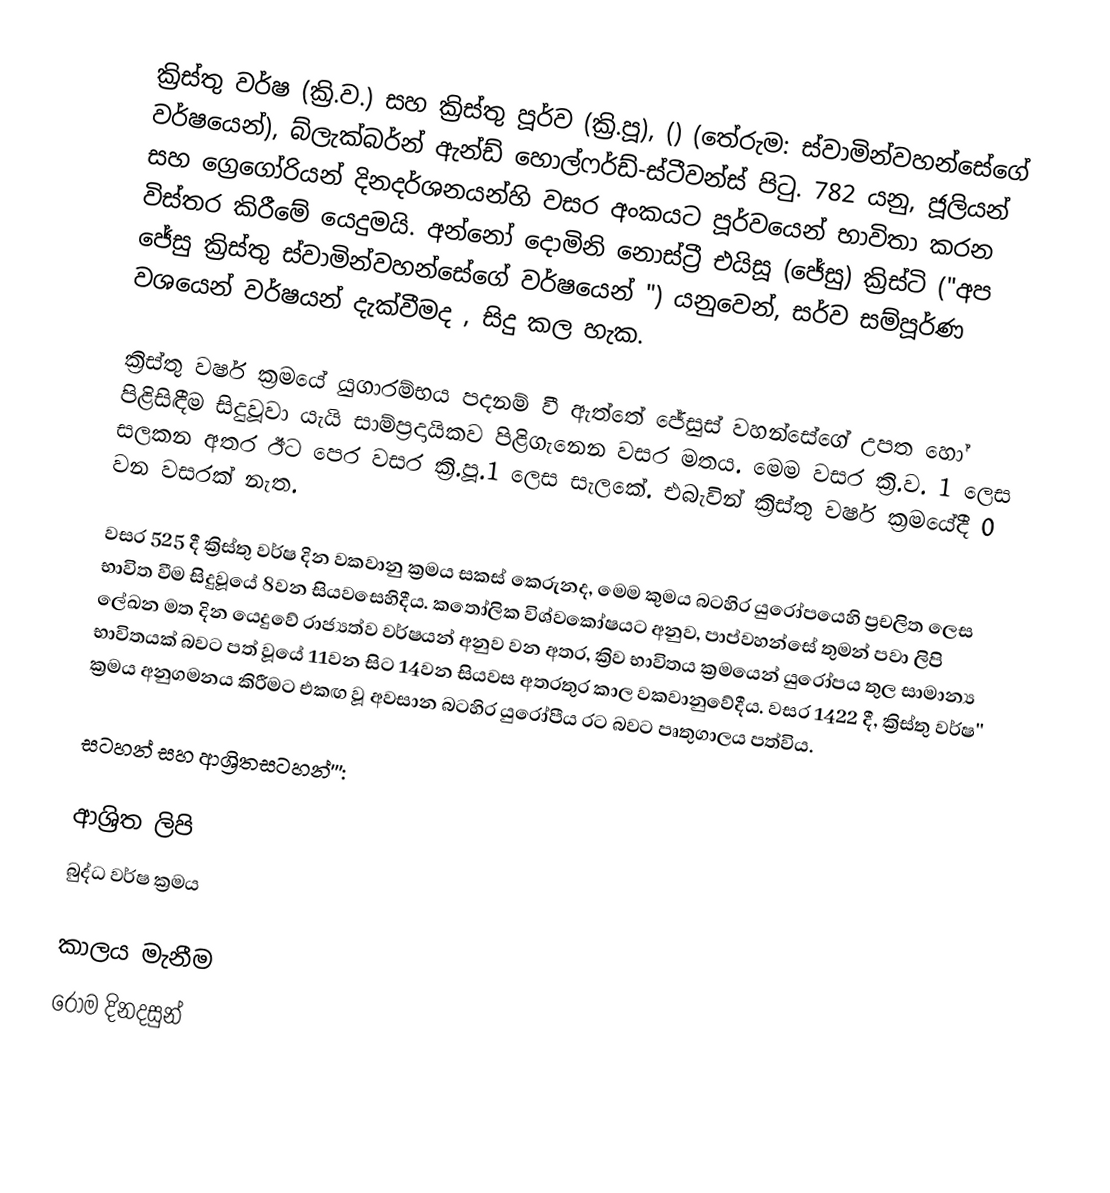
ක්‍රිස්තු වර්ෂ (ක්‍රි.ව.) සහ ක්‍රිස්තු පූර්ව (ක්‍රි.පූ),  () (තේරුම:  ස්වාමින්වහන්සේගේ වර්ෂයෙන්), බ්ලැක්බර්න් ඇන්ඩ් හොල්ෆර්ඩ්-ස්ටීවන්ස් පිටු. 782 යනු, ජූලියන් සහ ග්‍රෙගෝරියන් දිනදර්ශනයන්හි වසර අංකයට පූර්වයෙන්  භාවිතා කරන විස්තර කිරීමේ යෙදුමයි.  අන්නෝ දොමිනි නොස්ට්‍රී එයිසූ (ජේසු) ක්‍රිස්ටි ("අප ‍ජේසු ක්‍රිස්තු ස්වාමින්වහන්සේගේ වර්ෂයෙන් ") යනුවෙන්, සර්ව සම්පූර්ණ වශයෙන් වර්ෂයන් දැක්වීමද , සිදු කල  හැක.

ක්‍රිස්තු වර්ෂ ක්‍රමයේ යුගාරම්භය පදනම් වී ඇත්තේ ජේසුස් වහන්සේගේ උපත හෝ පිළිසිඳීම සිදුවූවා යැයි සාම්ප්‍රදායිකව පිළිගැනෙන වසර මතය. මෙම වසර ක්‍රි.ව. 1 ලෙස සලකන අතර ඊට පෙර වසර ක්‍රි.පූ.1 ලෙස සැලකේ. එබැවින් ක්‍රිස්තු වර්ෂ ක්‍රමයේදී 0 වන වසරක් නැත.

වසර 525 දී  ක්‍රිස්තු වර්ෂ දින වකවානු ක්‍රමය සකස් කෙරුනද, මෙම කුමය බටහිර යුරෝපයෙහි ප්‍රචලිත ලෙස භාවිත වීම සිදුවූයේ 8වන සියවසෙහිදීය.  කතෝලික විශ්වකෝෂයට අනුව, පාප්වහන්සේ තුමන් පවා  ලිපි ලේඛන මත දින යෙදුවේ  රාජ්‍යත්ව වර්ෂයන් අනුව වන අතර, ක්‍රිව භාවිතය ක්‍රමයෙන් යුරෝපය තුල සාමාන්‍ය භාවිතයක් බවට පත් වූයේ  11වන සිට  14වන සියවස අතරතුර කාල වකවානුවේදීය. වසර 1422 දී,   ක්‍රිස්තු වර්ෂ'' ක්‍රමය අනුගමනය කිරීමට එකඟ වූ අවසාන  බටහිර යුරෝපීය රට බවට  පෘතුගාලය පත්විය.

සටහන් සහ ආශ්‍රිතසටහන්''':

ආශ්‍රිත ලිපි
 බුද්ධ වර්ෂ ක්‍රමය

කාලය මැනීම
රෝම දිනදසුන්